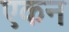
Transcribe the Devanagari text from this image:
एकन